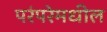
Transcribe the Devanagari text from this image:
परंपरेमधील